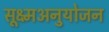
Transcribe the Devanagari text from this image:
सूक्ष्मअनुयोजन